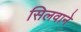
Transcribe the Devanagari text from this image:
सिलवाने